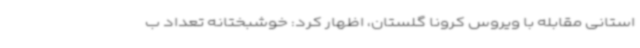
استانی مقابله با ویروس کرونا گلستان، اظهار کرد: خوشبختانه تعداد ب